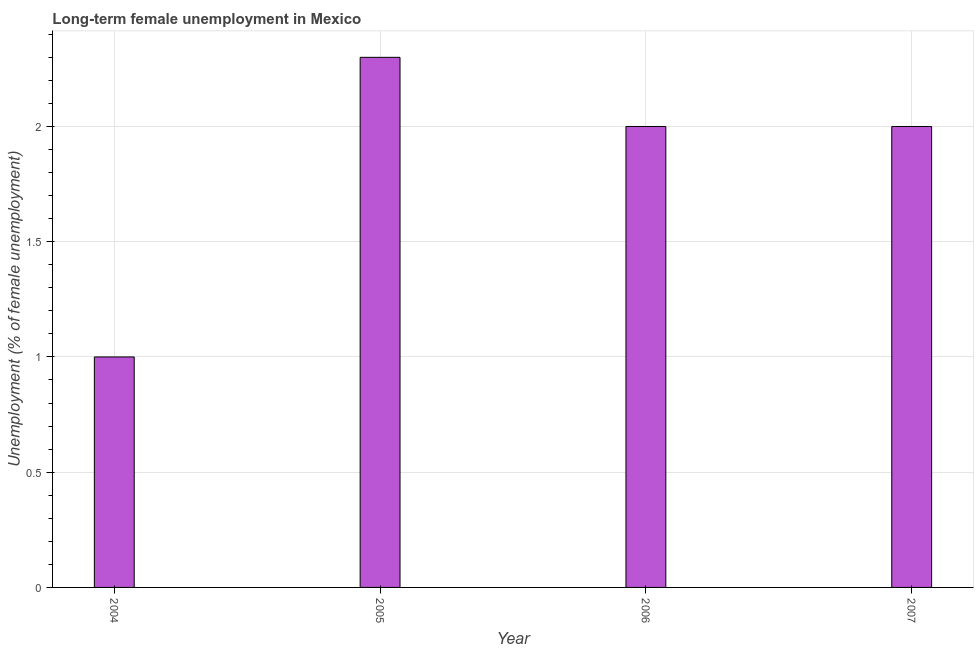
| Year | Long-term unemployment female |
 | --- | --- |
 | 2004 | 1 |
 | 2005 | 2.3 |
 | 2006 | 2 |
 | 2007 | 2 |